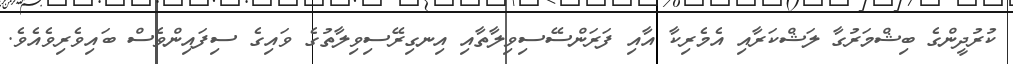
ކުރުދީންގެ ބިޝްމަރުގާ ލަޝްކަރާއި އެމެރިކާ އާއި ފަރަންސޭސިވިލާތާއި އިނގިރޭސިވިލާތުގެ ވައިގެ ސިފައިންވެސް ބައިވެރިވެއެވެ.